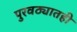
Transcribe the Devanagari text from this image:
पुरवठ्यातही